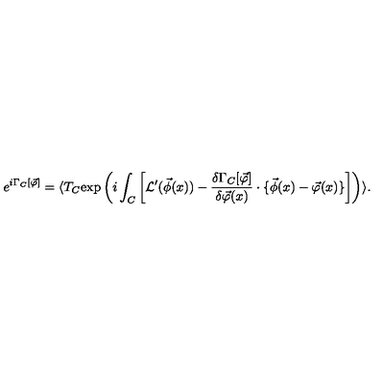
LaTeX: e ^ { i \Gamma _ { C } [ \vec { \varphi } ] } = \langle T _ { C } \mathrm { e x p } \left( i \int _ { C } \left[ { \cal L } ^ { \prime } ( \vec { \phi } ( x ) ) - \frac { \delta \Gamma _ { C } [ \vec { \varphi } ] } { \delta \vec { \varphi } ( x ) } \cdot \{ \vec { \phi } ( x ) - \vec { \varphi } ( x ) \} \right] \right) \rangle .